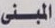
المبنى